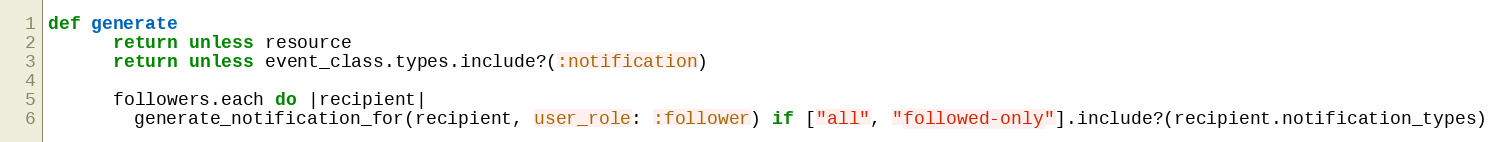
Language: Ruby
def generate
      return unless resource
      return unless event_class.types.include?(:notification)

      followers.each do |recipient|
        generate_notification_for(recipient, user_role: :follower) if ["all", "followed-only"].include?(recipient.notification_types)